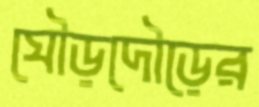
ঘৌড়দৌড়ের